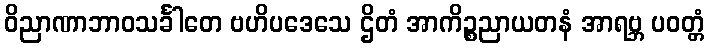
ဝိညာဏာဘာဝသင်္ခါတေ ဗဟိပဒေသေ ဌိတံ အာကိဉ္စညာယတနံ အာရဗ္ဘ ပဝတ္တံ